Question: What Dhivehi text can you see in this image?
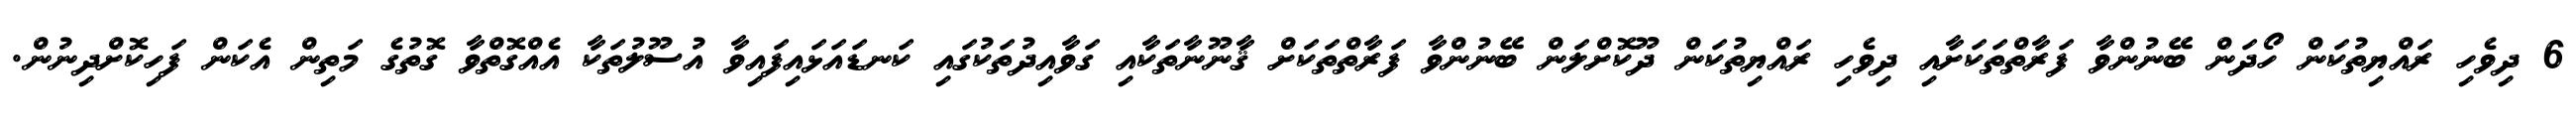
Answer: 6 ދިވެހި ރައްޔިތުކަން ހޯދަން ބޭނުންވާ ފަރާތްތަކަށާއި ދިވެހި ރައްޔިތުކަން ދޫކޮށްލަން ބޭނުންވާ ފަރާތްތަކަށް ޤާނޫނާތަކާއި ގަވާއިދުތަކުގައި ކަނޑައަޅައިފައިވާ އުސޫލުތަކާ އެއްގޮތްވާ ގޮތުގެ މަތިން އެކަން ފަހިކޮށްދިނުން.